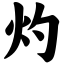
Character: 灼